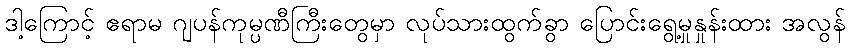
ဒါ့ကြောင့် ဧရာမ ဂျပန်ကုမ္ပဏီကြီးတွေမှာ လုပ်သားထွက်ခွာ ပြောင်းရွေ့မှုနှုန်းထား အလွန်